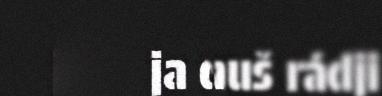
ja davimuš rádji